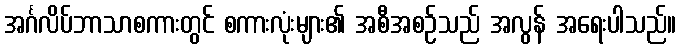
အင်္ဂလိပ်ဘာသာစကားတွင် စကားလုံးများ၏ အစီအစဉ်သည် အလွန် အရေးပါသည်။